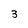
Character: 3